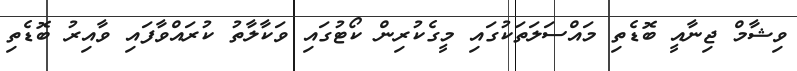
ވިޝާމް ޖިނާއީ ބޮޑެތި މައްސަލަތަކުގައި މީގެކުރިން ކޯޓުގައި ވަކާލާތު ކުރައްވާފައި ވާއިރު ބޮޑެތި